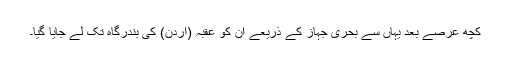
کچھ عرصے بعد یہاں سے بحری جہاز کے ذریعے ان کو عقبہ (اردن) کی بندرگاہ تک لے جایا گیا۔